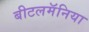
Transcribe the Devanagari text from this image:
बीटलमॅनिया